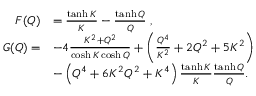
\begin{array} { r l } { F ( Q ) } & { = \frac { \operatorname { t a n h } K } { K } - \frac { \operatorname { t a n h } Q } { Q } \; , } \\ { G ( Q ) = } & { - 4 \frac { K ^ { 2 } + Q ^ { 2 } } { \cosh K \cosh Q } + \left( \frac { Q ^ { 4 } } { K ^ { 2 } } + 2 Q ^ { 2 } + 5 K ^ { 2 } \right) } \\ & { - \left( Q ^ { 4 } + 6 K ^ { 2 } Q ^ { 2 } + K ^ { 4 } \right) \frac { \operatorname { t a n h } K } { K } \frac { \operatorname { t a n h } Q } { Q } . } \end{array}